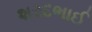
શરદભાઈ